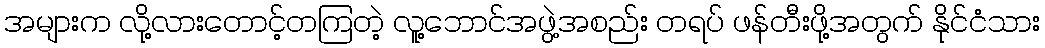
အများက လို့လားတောင့်တကြတဲ့ လူ့ဘောင်အဖွဲ့အစည်း တရပ် ဖန်တီးဖို့အတွက် နိုင်ငံသား